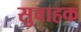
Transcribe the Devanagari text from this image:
सुवाहक